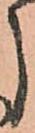
う